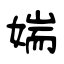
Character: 媏